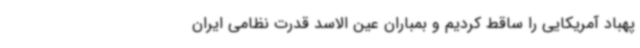
پهباد آمریکایی را ساقط کردیم و بمباران عین الاسد قدرت نظامی ایران